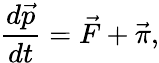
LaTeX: \frac{d\vec{p}}{dt}=\vec{F}+\vec{\pi},